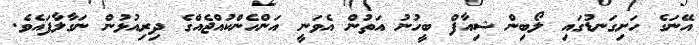
އޭނަގެ ހަށިގަނޑުގައި ލޯބިން ޝިއާފް ބީހުނު އަތުން އެވަނީ އަންހެންކުއްޖެއްގެ ދިރިއުޅުން ނަގާލާފައެވެ.